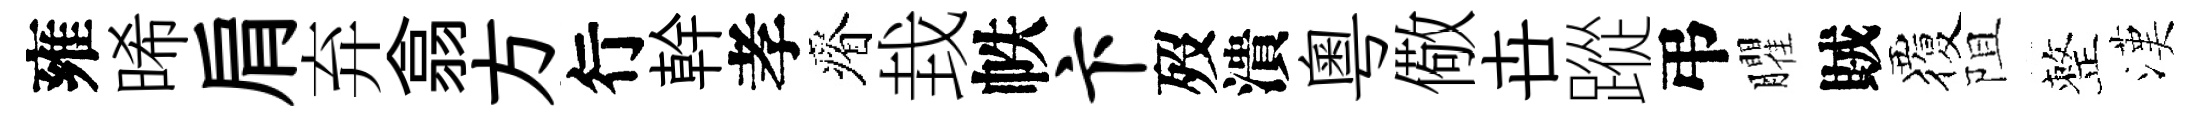
雍晞肩弃翕方行幹孝瘠㘽帙卞歿潰粤儆卋蹤弔臞賊覆阻整漢